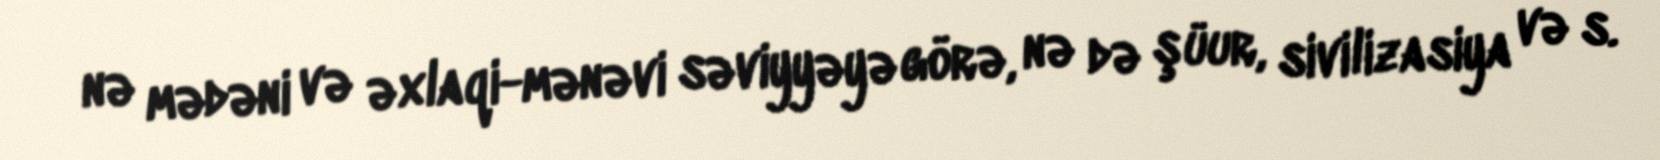
nə mədəni və əxlaqi-mənəvi səviyyəyə görə, nə də şüur, sivilizasiya və s.